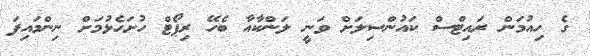
ގެ ހިއުމަން ރައިޓްސް ކައުންސިލަށް ވަނީ ލަންކާއާ ބެހޭ ރިޕޯޓް ހުށަހެޅުމަށް ނިންމައިފަ